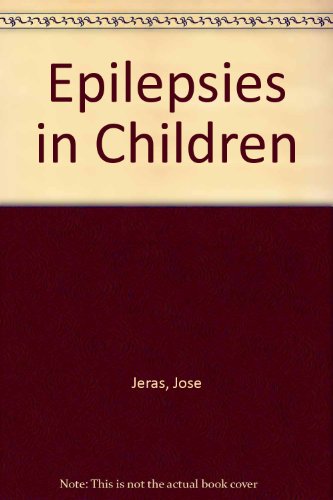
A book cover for Epilepsies In Children; Joze Jeras; Health, Fitness & Dieting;